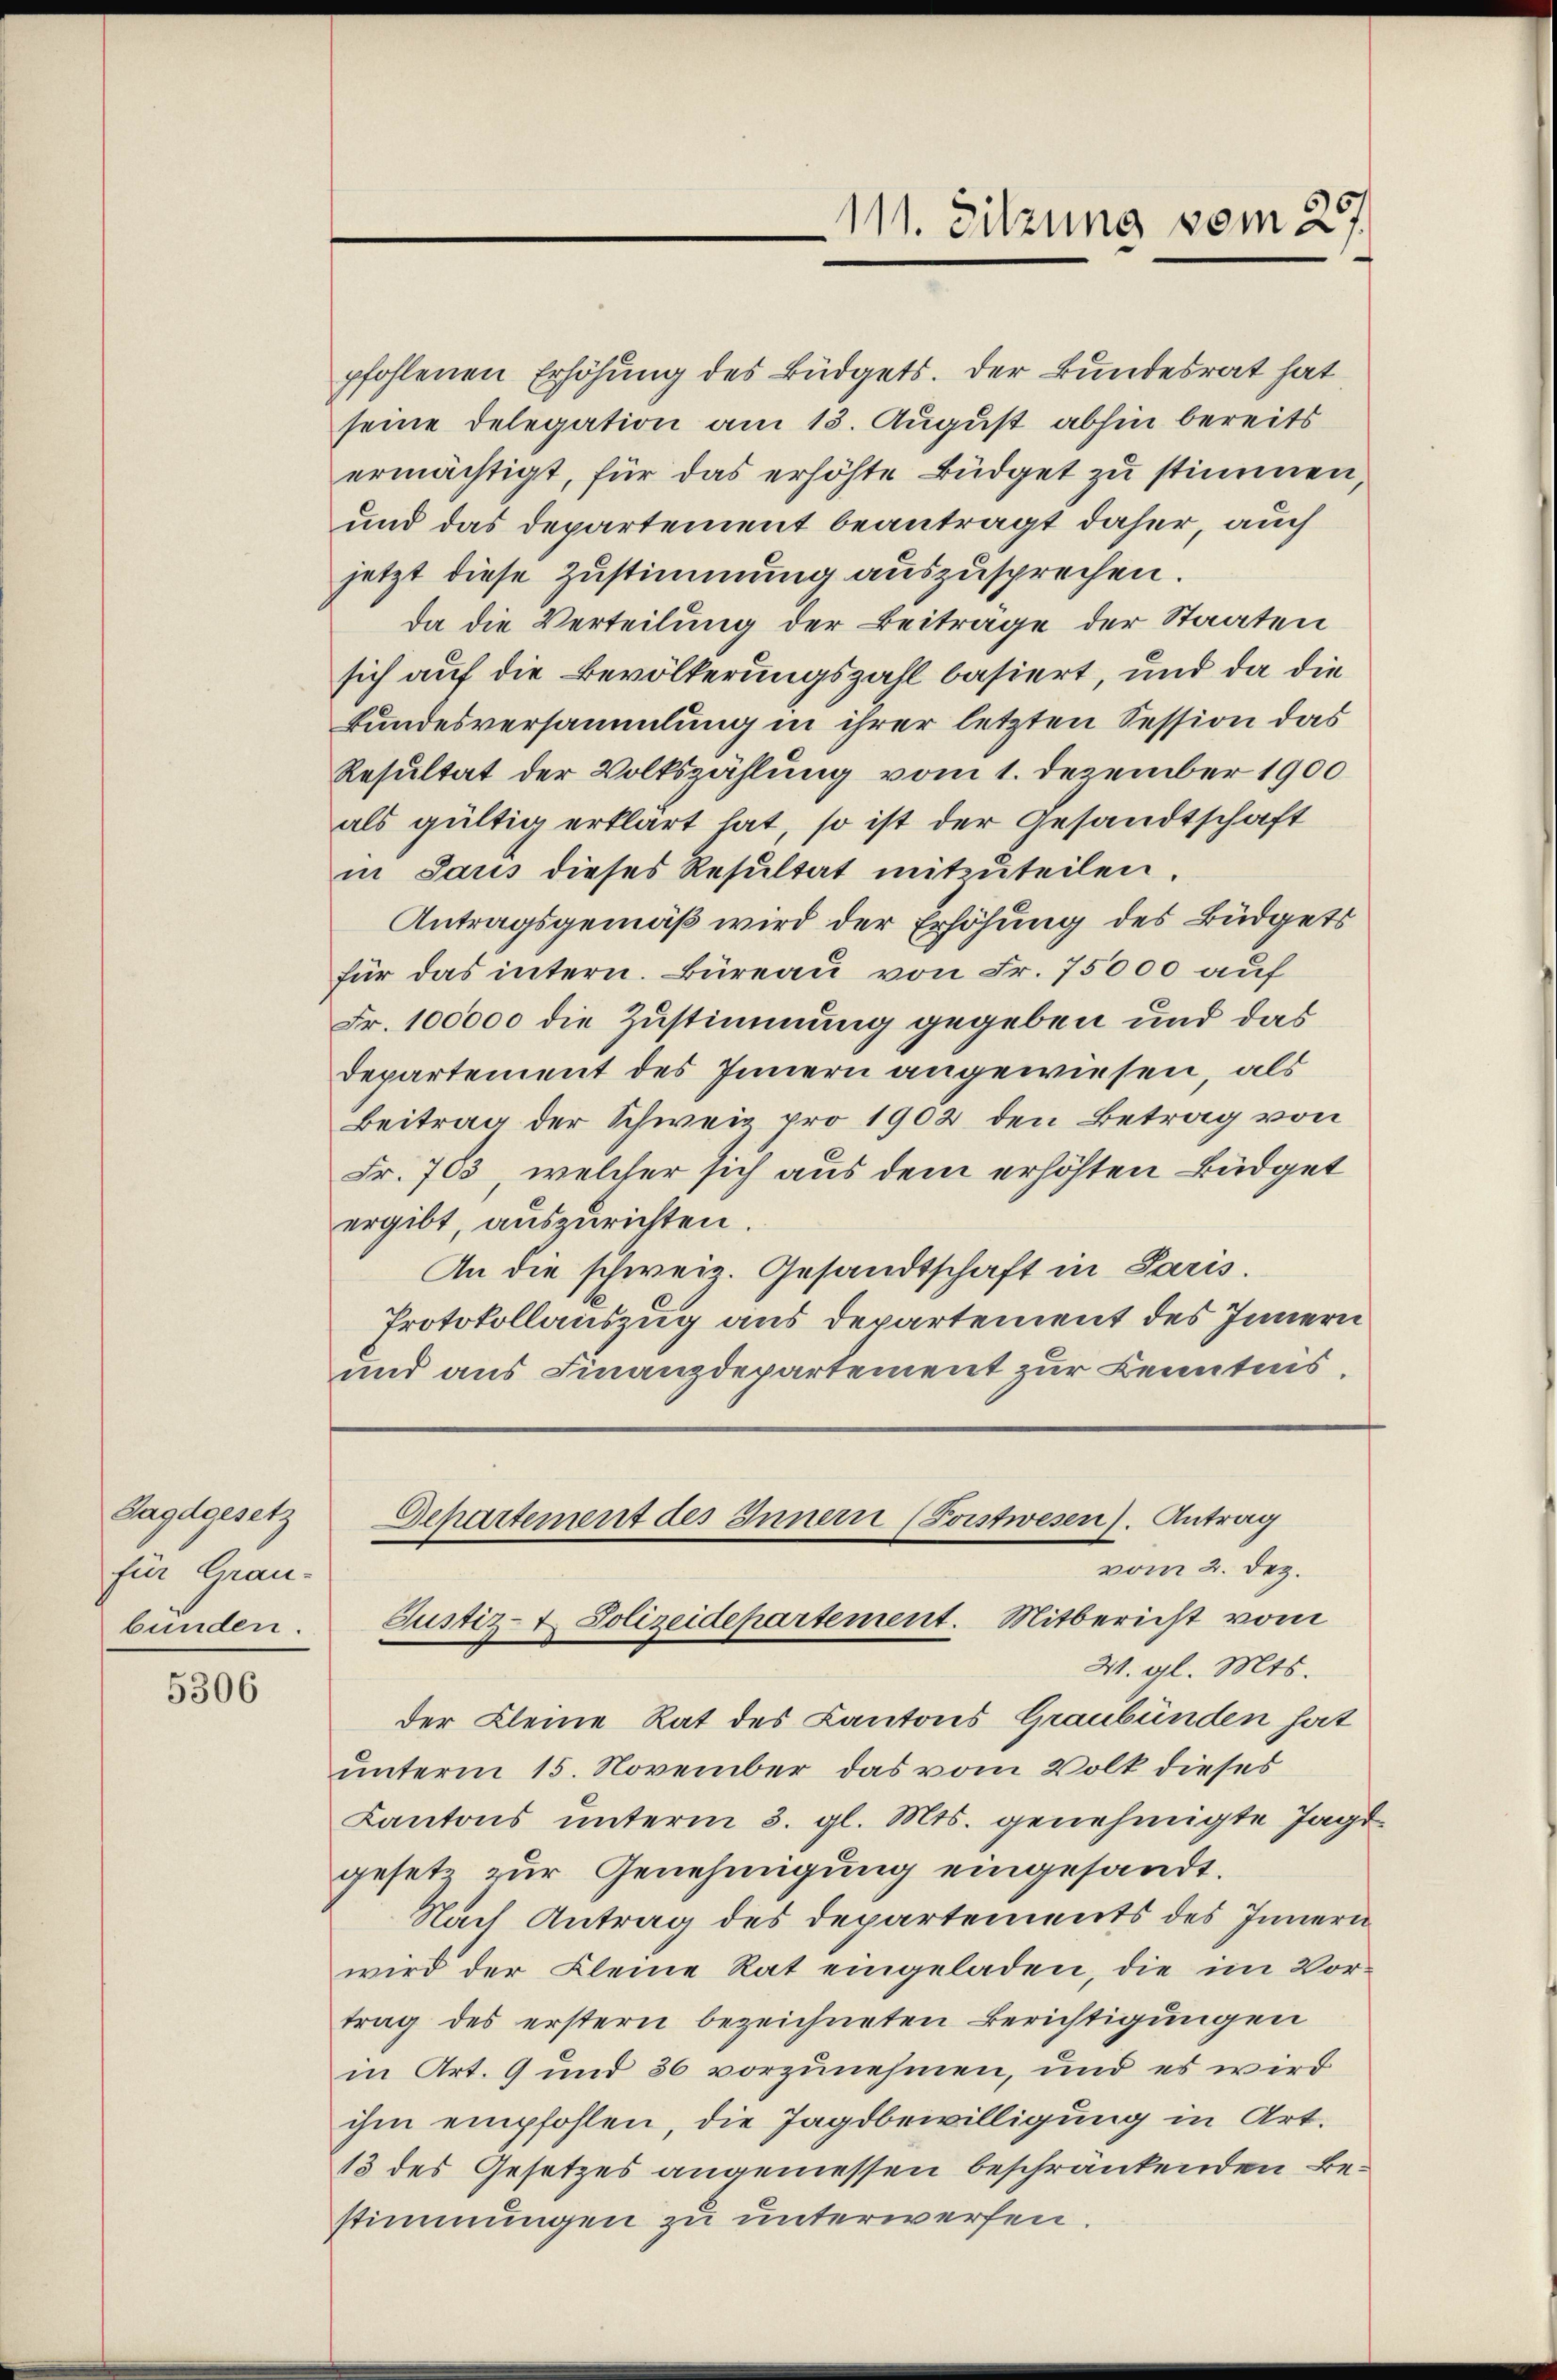
Jagdgesetz
für Grau-
bunden.

5306

pfohlenen Erhöhung des Büdgets. Der Bundesrat hat
seine Delegation am 13. August abhin bereits
ermächtigt, für das erhöhte Büdget zu stimmen
und das Departement beantragt daher, auch
jetzt diese Zustimmung auszusprechen.
da die Verteilung der Beiträge der Staaten
sich auf die Bevölkerungszahl basiert, und da die
Bundesversammlung in ihrer letzten Session das
Resultat der Volkszählung vom 1. Dezember 1900
als gültig erklärt hat, so ist der Gesandtschaft
in Saus dieses Resultat mitzuteilen
Antragsgemäß wird der Erhöhung des Büdgets
für das intern. Büreau von Fr. 75000 auf
Fr. 100000 die Zustimmung gegeben und das
Departement des Innern angewiesen, als
Beitrag der Schweiz pro 1902 den Betrag von
Fr. 703, welcher sich aus dem erhöhten Büdget
ergibt, auszurichten.
An die schweiz. Gesandtschaft in Paris.
Protokollauszug aus departement des Innern
und aus Finanzdepartement zur Kenntnis.

111. Sitzung vom 27.

Departement des Innern (Poistwesen). Antrag
vom 2. Dez.
Justiz- & Polizeidepartement. Mitbericht vom

4. gl. Mts.
der Kleine Rat des Kantons Graubünden hat
unterm 15. November das vom Volk dieses
Kantons unterm 3. gl. Mts. genehmigte Jagt
gesetz zur Genehmigung eingesandt.
Nach Antrag des Departements des Innern
wird der Kleine Rat eingeladen, die im Vor-
trag des erstern bezeichneten Berichtigungen
in Art. 9 und 36 vorzunehmen, und es wird
ihm empfohlen, die Jagdbewilligung in Art.
13 des Gesetzes angemessen beschränkenden Bestimmungen zu unterwerfen.